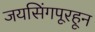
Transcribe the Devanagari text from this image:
जयसिंगपूरहून